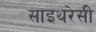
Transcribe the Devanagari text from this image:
साइथरेसी